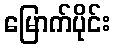
မြောက်ပိုင်း